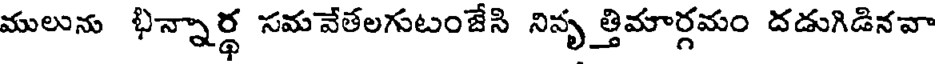
ములును భిన్నార్థ సమవేతలగుటంజేసి నివృ త్తిమార్గమం దడుగిడినవా